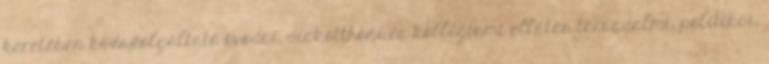
keretében közszolgáltató óvodai, diákotthoni és kollégiumi ellátás társadalmi, politikai,